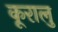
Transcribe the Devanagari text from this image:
कूरालु